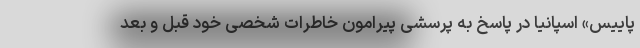
پاییس» اسپانیا در پاسخ به پرسشی پیرامون خاطرات شخصی خود قبل و بعد